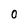
Character: 0